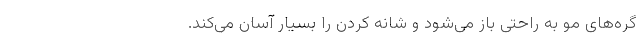
گره­های مو به راحتی باز می­شود و شانه کردن را بسیار آسان می­کند.